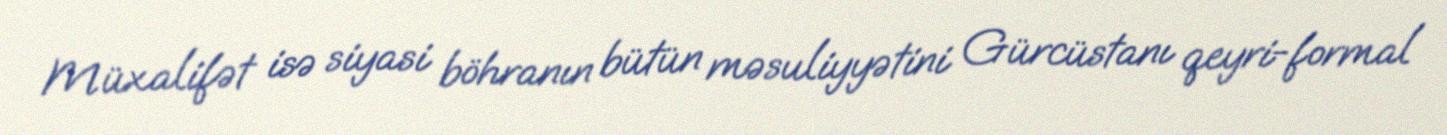
Müxalifət isə siyasi böhranın bütün məsuliyyətini Gürcüstanı qeyri-formal